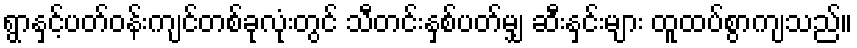
ရွာနှင့်ပတ်ဝန်းကျင်တစ်ခုလုံးတွင် သီတင်းနှစ်ပတ်မျှ ဆီးနှင်းများ ထူထပ်စွာကျသည်။